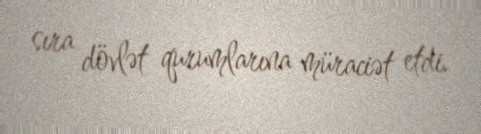
sıra dövlət qurumlarına müraciət etdi.